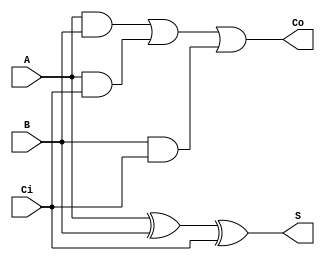
// Ch04 full_adder1.v
// @[k (hhz)

module full_add1(A, B, Ci, Co, S);
input  A, B, Ci;   // A, B, Ci @J
output Co, S;      // S M, Co i

and (AB, A, B);
and (ACi, A, Ci);
and (BCi, B, Ci);
or  (Co, AB, ACi, BCi);
xor (S, A, B, Ci);

endmodule